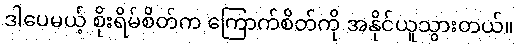
ဒါပေမယ့် စိုးရိမ်စိတ်က ကြောက်စိတ်ကို အနိုင်ယူသွားတယ်။